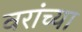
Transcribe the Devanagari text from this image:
वरांच्या